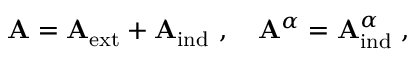
{ \bf A } = { \bf A } _ { \mathrm { e x t } } + { \bf A } _ { \mathrm { i n d } } \ , \quad { \bf A } ^ { \alpha } = { \bf A } _ { \mathrm { i n d } } ^ { \alpha } \ ,